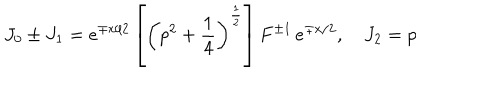
J _ { 0 } \pm J _ { 1 } = e ^ { \mp x / 2 } \left[ \left( p ^ { 2 } + \frac 1 4 \right) ^ { \frac 1 2 } \right] F ^ { \pm 1 } \, e ^ { \mp x / 2 } , \quad J _ { 2 } = p